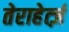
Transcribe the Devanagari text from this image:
तेराहेर्त्ज़